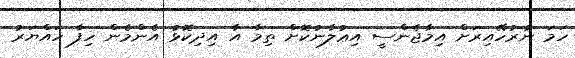
ހަމަ ނުރުހޭއިރަށް އިމާޖެންސީ އިޢުލާނުކޮށް ތިމާ އާ އިދިކޮޅު އެންމެން ހިފާ ހައްޔަރު